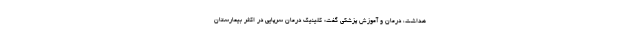
هداشت، درمان و آموزش پزشکی گفت: کلینیک درمان سرپایی در اکثر بیمارستان